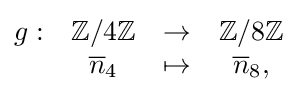
{\begin{matrix}g:&\mathbb {Z} /4\mathbb {Z} &\to &\mathbb {Z} /8\mathbb {Z} \\&{\overline {n}}_{4}&\mapsto &{\overline {n}}_{8},\end{matrix}}